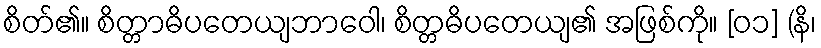
စိတ်၏။ စိတ္တာဓိပတေယျဘာဝေါ၊ စိတ္တဓိပတေယျ၏ အဖြစ်ကို။ [၀၁] (နိ၊